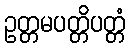
ဥတ္တမပတ္တိပတ္တံ